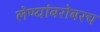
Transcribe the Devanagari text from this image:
लेण्यांबरोबरच